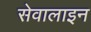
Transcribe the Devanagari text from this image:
सेवालाइन